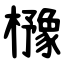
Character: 櫲